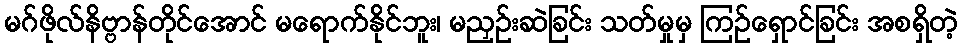
မဂ်ဖိုလ်နိဗ္ဗာန်တိုင်အောင် မရောက်နိုင်ဘူး၊ မညှဉ်းဆဲခြင်း သတ်မှုမှ ကြဉ်ရှောင်ခြင်း အစရှိတဲ့